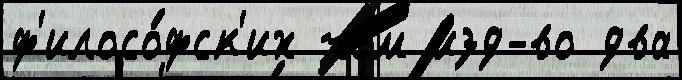
ф'илосо́фск'их чем изд-во два